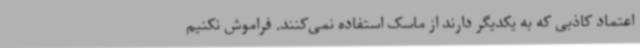
اعتماد کاذبی که به یکدیگر دارند از ماسک استفاده نمی‌کنند. فراموش نکنیم